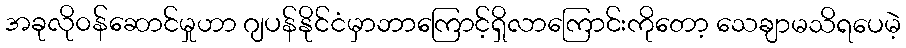
အခုလိုဝန်ဆောင်မှုဟာ ဂျပန်နိုင်ငံမှာဘာကြောင့်ရှိလာကြောင်းကိုတော့ သေချာမသိရပေမဲ့